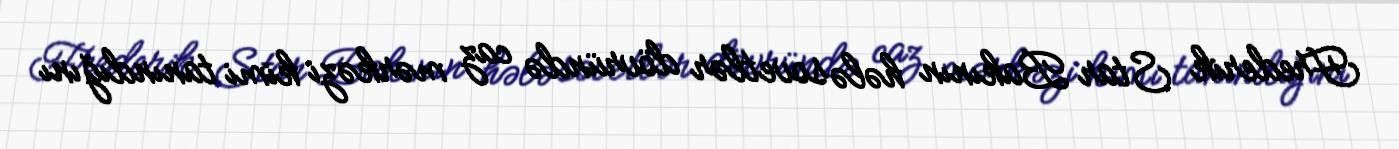
Frederik Star Bakının hələ sovetlər dövründə caz mərkəzi kimi tanındığını